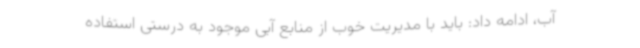
آب، ادامه داد: باید با مدیریت خوب از منابع آبی موجود به درستی استفاده